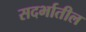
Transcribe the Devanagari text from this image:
सदर्भातील